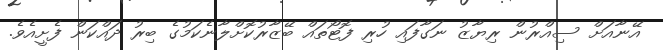
އޭނާއަށް ސިއްރުން ރިޔާޒު ނަގާފައި ހުރި ފޮޓޯތައް ބޭޒާރުކޮށްލާނެކަމުގެ ބިރު ދައްކަން ފެށީއެވެ.